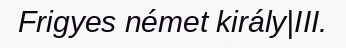
Frigyes német király|III.